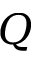
Q